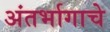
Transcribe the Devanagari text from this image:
अंतर्भागाचे